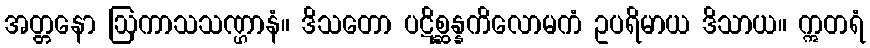
အတ္တနော ဩကာသသဏ္ဌာနံ။ ဒိသတော ပဋိစ္ဆန္နကိလောမကံ ဥပရိမာယ ဒိသာယ။ ဣတရံ